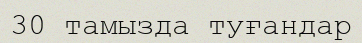
30 тамызда туғандар